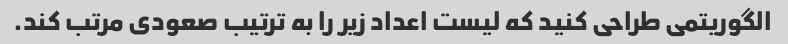
الگوریتمی طراحی کنید که لیست اعداد زیر را به ترتیب صعودی مرتب کند.